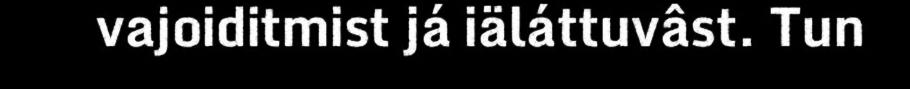
vajoiditmist já iäláttuvâst. Tun